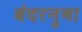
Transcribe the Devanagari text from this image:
बंदरनुमा